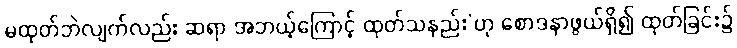
မထုတ်ဘဲလျက်လည်း ဆရာ အဘယ့်ကြောင့် ထုတ်သနည်း’ဟု စောဒနာဖွယ်ရှိ၍ ထုတ်ခြင်း၌